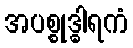
အပစ္စုဒ္ဓါရကံ